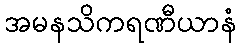
အမနသိကရဏီယာနံ